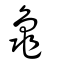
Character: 龜